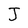
Character: J